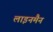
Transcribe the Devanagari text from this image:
लाइनमैन